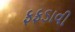
ફફડાવી